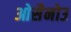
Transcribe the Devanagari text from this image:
ओसैनोउ